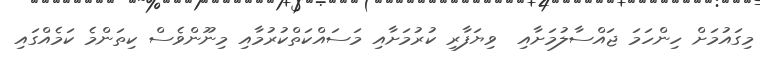
މިގައުމަށް ހިންހަމަ ޖައްސާލުމަށާއި  ވިޔަފާރި ކުރުމަށާއި މަސައްކަތްކުރުމާއި މިނޫންވެސް ކިތަންމެ ކަމެއްގައި